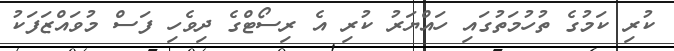
ކުރި ކަމުގެ ތުހުމަތުގަައި ހައްޔަރު ކުރި އެ ރިސޯޓްގެ ދިވެހި ފަސް މުވައްޒަފަކު